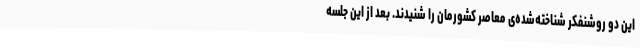
این دو روشنفکر شناخته‌شده‌ی معاصر کشورمان را شنیدند. بعد از این جلسه